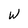
Character: W